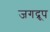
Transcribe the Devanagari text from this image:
जगद्रूप